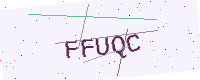
Text: FFUQC